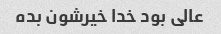
عالی بود خدا خیرشون بده